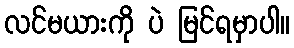
လင်မယားကို ပဲ မြင်ရမှာပါ။